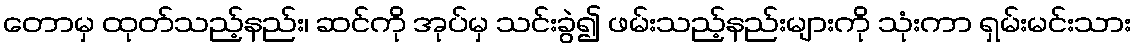
တောမှ ထုတ်သည့်နည်း၊ ဆင်ကို အုပ်မှ သင်းခွဲ၍ ဖမ်းသည့်နည်းများကို သုံးကာ ရှမ်းမင်းသား